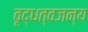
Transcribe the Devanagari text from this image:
वृद्धत्वजन्य